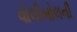
વોલીબોલની